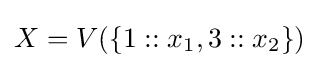
X=V(\{1::x_{1},3::x_{2}\})